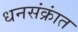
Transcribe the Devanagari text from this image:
धनसंक्रांत